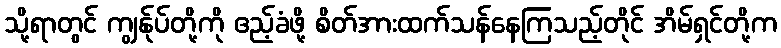
သို့ရာတွင် ကျွန်ုပ်တို့ကို ဧည့်ခံဖို့ စိတ်အားထက်သန်နေကြသည့်တိုင် အိမ်ရှင်တို့က